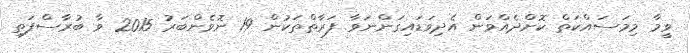
ވީމާ މިމަސައްކަތް ކޮށްދެއްވަން އެދިވަޑައިގަންނަވާ ފަރާތްތަކުން 19 ނޮވެންބަރު 2015 ވާ ބުރާސްފަތި